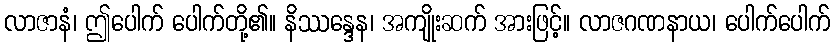
လာဇာနံ၊ ဤပေါက် ပေါက်တို့၏။ နိဿန္ဒေန၊ အကျိုးဆက် အားဖြင့်။ လာဇဂဏနာယ၊ ပေါက်ပေါက်